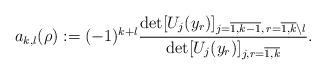
LaTeX: \begin{align*} a_{k,l}(\rho) := (-1)^{k+l} \frac{\det [U_j(y_r)]_{j = \overline{1, k-1}, \, r = \overline{1, k} \setminus l}}{\det [U_j(y_r)]_{j,r = \overline{1, k}}}.\end{align*}